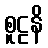
စူဠနိ